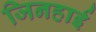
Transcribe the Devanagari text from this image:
जिनहाई